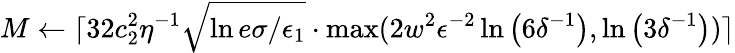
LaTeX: M\gets\lceil 32c_{2}^{2}\eta^{-1}\sqrt{\ln{e\sigma/\epsilon_{1}}}\cdot\operatorname*{max}(2w^{2}\epsilon^{-2}\ln\left(6\delta^{-1}\right),\ln\left(3\delta^{-1}\right))\rceil